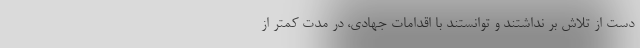
دست از تلاش بر نداشتند و توانستند با اقدامات جهادی، در مدت کمتر از